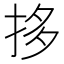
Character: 拸